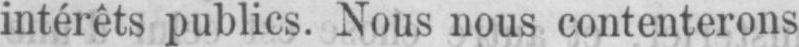
intérêts publics. Nous nous contenterons